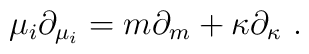
\mu_i\partial_{\mu_i} = m\partial_m + \kappa \partial_\kappa \ .